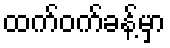
ထက်ဝက်ခန့်မှာ